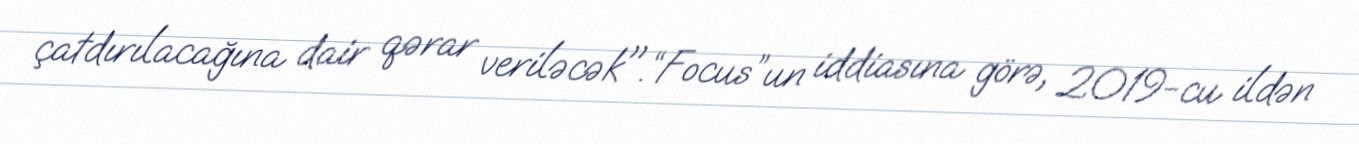
çatdırılacağına dair qərar veriləcək".“Focus”un iddiasına görə, 2019-cu ildən